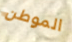
الموطن